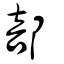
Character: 部